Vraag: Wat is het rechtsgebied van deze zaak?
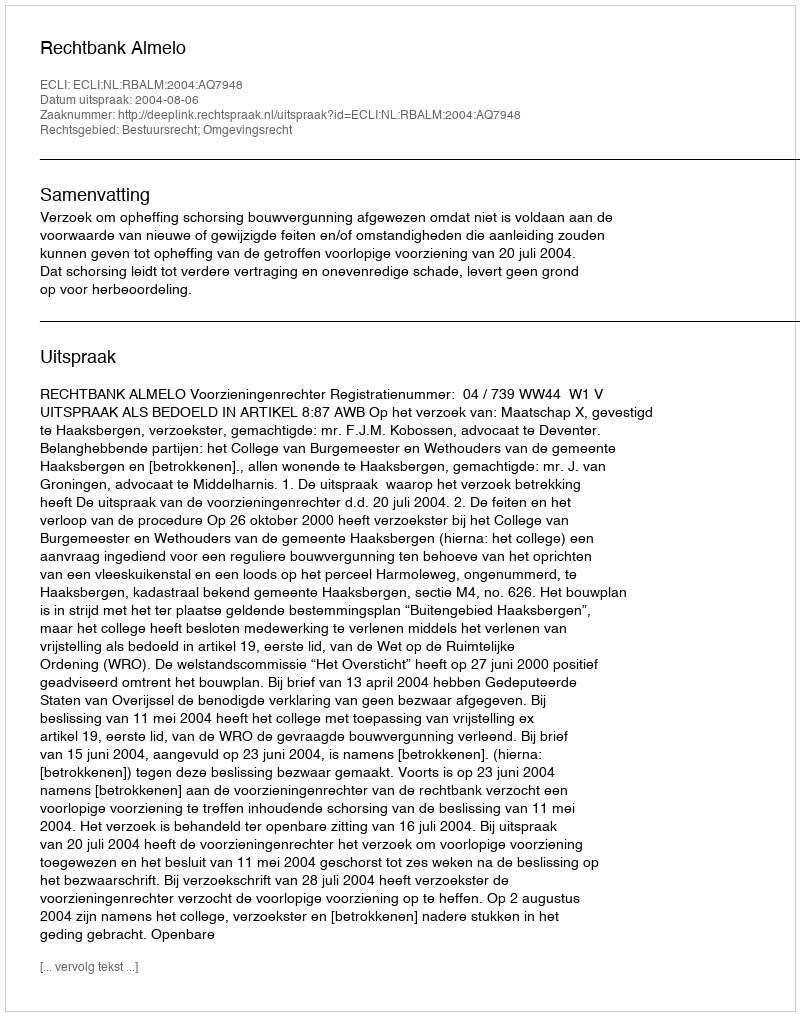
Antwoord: Bestuursrecht; Omgevingsrecht